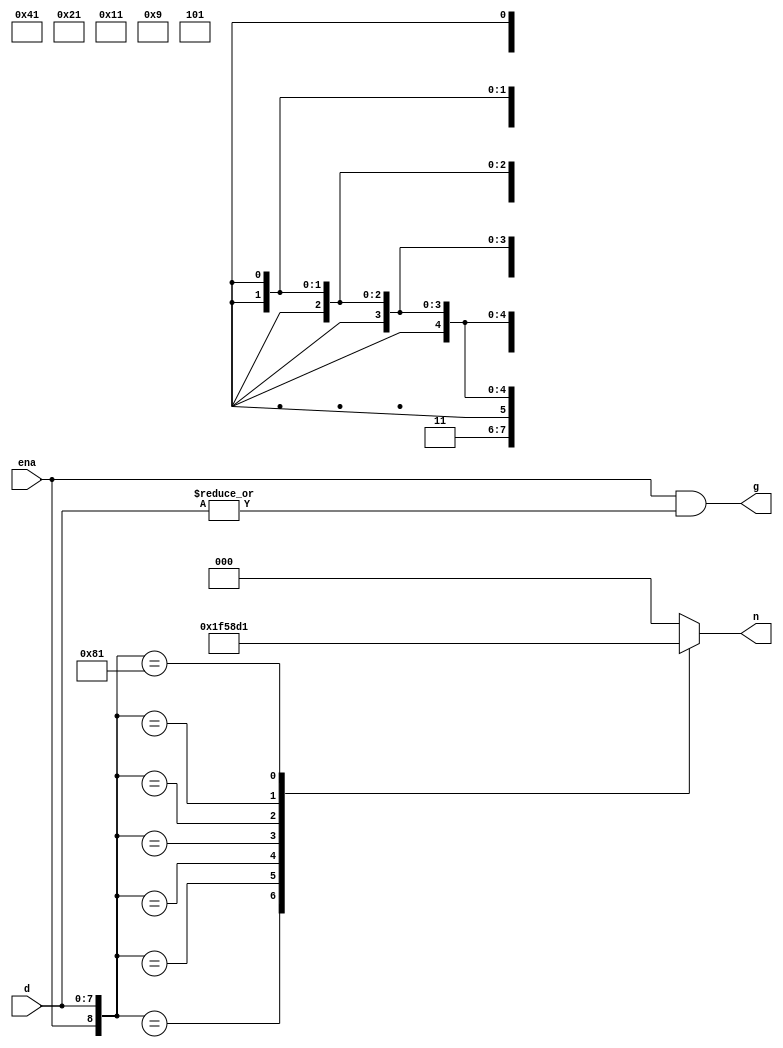
// 8-3 priority encoder with enable
// d[7] has hightest priority and d[0] has the lowest priority.

module encoder (d, ena, n, g);
	
	input [7:0] d;
	input ena;
	output [2:0] n;
	output g;
	
	assign g = ena & |d;			// if there is at least a 1 in d
									// |d = d[7]+d[6]+d[5]+d[4]+d[3]+d[2]+d[1]+d[0] 
	assign n = enc(ena, d);			// call a function enc
	
	function [2:0] enc;
		input ena;
		input [7:0] d;
		
		case ({ena, d})
		
			9'b1_1xxxxxx: enc = 3'd7;	//d[7] has the hightest priority
			9'b1_01xxxxx: enc = 3'd6;	//d[6] is active, ignore d[5:0]
			9'b1_001xxxx: enc = 3'd5;
			9'b1_0001xxx: enc = 3'd4;
			9'b1_00001xx: enc = 3'd3;
			9'b1_000001x: enc = 3'd2;
			9'b1_0000001: enc = 3'd1;	//d[0] has the loweset priority
			default:	  enc = 3'd0;
		
		endcase
		
	endfunction
	

endmodule